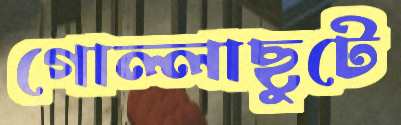
গোল্লাছুটে